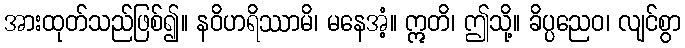
အားထုတ်သည်ဖြစ်၍။ နဝိဟရိဿာမိ၊ မနေအံ့။ ဣတိ၊ ဤသို့။ ခိပ္ပညေဝ၊ လျင်စွာ